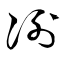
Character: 冽